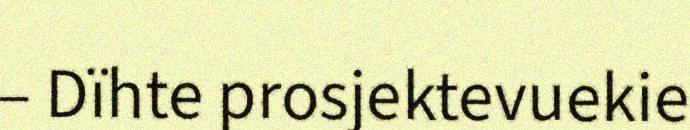
– Dïhte prosjektevuekie